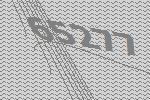
65277